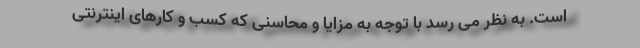
است. به نظر می رسد با توجه به مزایا و محاسنی که کسب و کارهای اینترنتی